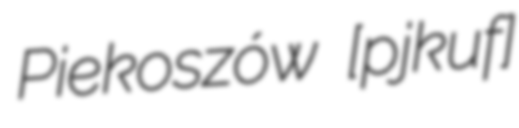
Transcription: Piekoszów [pjɛˈkɔʂuf]